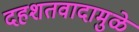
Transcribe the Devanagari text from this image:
दहशतवादामुळे